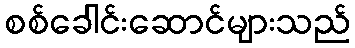
စစ်ခေါင်းဆောင်များသည်